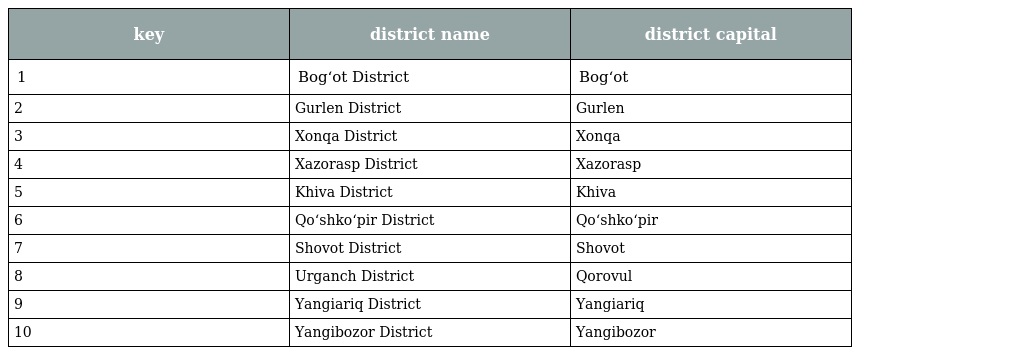
| key | district name | district capital |
 | --- | --- | --- |
 | 1 | Bog‘ot District | Bog‘ot |
 | 2 | Gurlen District | Gurlen |
 | 3 | Xonqa District | Xonqa |
 | 4 | Xazorasp District | Xazorasp |
 | 5 | Khiva District | Khiva |
 | 6 | Qo‘shko‘pir District | Qo‘shko‘pir |
 | 7 | Shovot District | Shovot |
 | 8 | Urganch District | Qorovul |
 | 9 | Yangiariq District | Yangiariq |
 | 10 | Yangibozor District | Yangibozor |